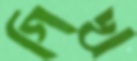
গিখ